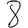
Digit: 8